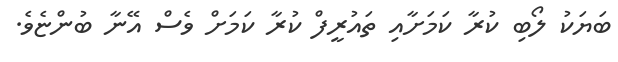
ބަޔަކު ލޯބި ކުރާ ކަމަށާއި ތައުރީފް ކުރާ ކަމަށް ވެސް އޭނާ ބުންޏެވެ.